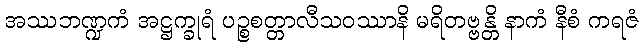
အဿဘဏ္ဍကံ အဋ္ဌက္ခုရံ ပဉ္စစတ္တာလီသဝဿာနိ မရိတဗ္ဗန္တိ နာကံ နီစံ ကရဇံ